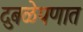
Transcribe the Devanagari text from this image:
दुबळेपणात